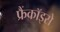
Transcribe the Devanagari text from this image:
फ्रैंकॉइसे